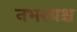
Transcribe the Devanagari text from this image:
नभश्यश्च